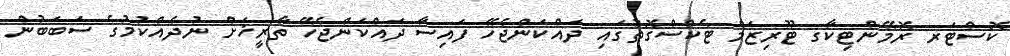
ކޮސްޓަރ ރޮމޭންޓިކާގ ޓޫރިޒަމް ޓެކްސްގޮތުގައި ދައްކަންޖެހޭ ފައިސާ ދައްކަންޖެހޭ ތާރީޚަށް ނުދެއްކުމުގެ ސަބަބުން